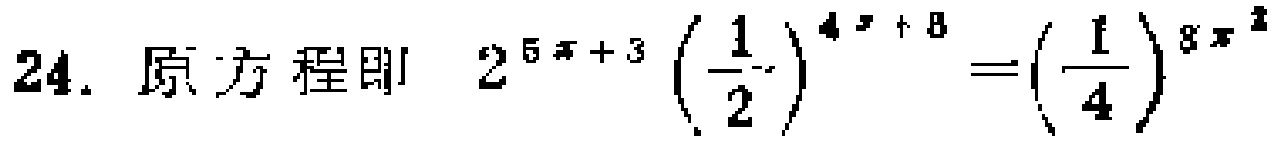
24. 原方程即 \(2^{5x + 3}\left(\frac{1}{2}\right)^{4x + 8}=\left(\frac{1}{4}\right)^{8x^2}\)